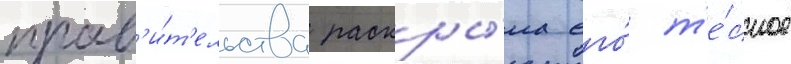
прав'и́т'ельства раскры́ла его́ т'е́сное